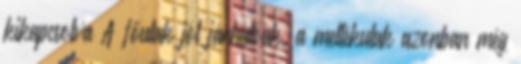
kikapcsolva A főutak jól járhatóak, a mellékutak azonban még